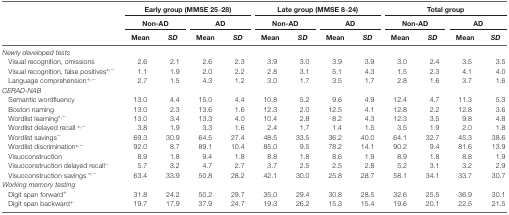
<table><thead><tr><td></td><td colspan="4"><b>Early group (MMSE 25–28)</b></td><td colspan="4"><b>Late group (MMSE 8–24)</b></td><td colspan="4"><b>Total group</b></td></tr><tr><td></td><td colspan="2"><b>Non-AD</b></td><td colspan="2"><b>AD</b></td><td colspan="2"><b>Non-AD</b></td><td colspan="2"><b>AD</b></td><td colspan="2"><b>Non-AD</b></td><td colspan="2"><b>AD</b></td></tr><tr><td></td><td><b>Mean</b></td><td><b><i>SD</i></b></td><td><b>Mean</b></td><td><b><i>SD</i></b></td><td><b>Mean</b></td><td><b><i>SD</i></b></td><td><b>Mean</b></td><td><b><i>SD</i></b></td><td><b>Mean</b></td><td><b><i>SD</i></b></td><td><b>Mean</b></td><td><b><i>SD</i></b></td></tr></thead><tbody><tr><td><i>Newly developed tests</i></td></tr><tr><td>Visual recognition, omissions</td><td>2.6</td><td>2.1</td><td>2.6</td><td>2.3</td><td>3.9</td><td>3.0</td><td>3.9</td><td>3.9</td><td>3.0</td><td>2.4</td><td>3.5</td><td>3.5</td></tr><tr><td>Visual recognition, false positives<sup>*,~</sup></td><td>1.1</td><td>1.9</td><td>2.0</td><td>2.2</td><td>2.8</td><td>3.1</td><td>5.1</td><td>4.3</td><td>1.5</td><td>2.3</td><td>4.1</td><td>4.0</td></tr><tr><td>Language comprehension<sup>+,~</sup></td><td>2.7</td><td>1.5</td><td>4.3</td><td>1.2</td><td>3.0</td><td>1.7</td><td>3.5</td><td>1.7</td><td>2.8</td><td>1.6</td><td>3.7</td><td>1.6</td></tr><tr><td><i>CERAD-NAB</i></td></tr><tr><td>Semantic wordfluency</td><td>13.0</td><td>4.4</td><td>15.0</td><td>4.4</td><td>10.8</td><td>5.2</td><td>9.6</td><td>4.9</td><td>12.4</td><td>4.7</td><td>11.3</td><td>5.3</td></tr><tr><td>Boston naming</td><td>13.0</td><td>2.3</td><td>13.6</td><td>1.6</td><td>12.3</td><td>2.0</td><td>12.5</td><td>4.1</td><td>12.8</td><td>2.2</td><td>12.8</td><td>3.6</td></tr><tr><td>Wordlist learning<sup>*,~</sup></td><td>13.0</td><td>3.4</td><td>13.3</td><td>4.0</td><td>10.4</td><td>2.8</td><td>8.2</td><td>4.3</td><td>12.3</td><td>3.5</td><td>9.8</td><td>4.8</td></tr><tr><td>Wordlist delayed recall <sup>*,~</sup></td><td>3.8</td><td>1.9</td><td>3.3</td><td>1.6</td><td>2.4</td><td>1.7</td><td>1.4</td><td>1.5</td><td>3.5</td><td>1.9</td><td>2.0</td><td>1.8</td></tr><tr><td>Wordlist savings<sup>~</sup></td><td>69.3</td><td>30.9</td><td>64.5</td><td>27.4</td><td>48.5</td><td>33.5</td><td>36.2</td><td>40.0</td><td>64.1</td><td>32.7</td><td>45.3</td><td>38.6</td></tr><tr><td>Wordlist discrimination<sup>*,~</sup></td><td>92.0</td><td>8.7</td><td>89.1</td><td>10.4</td><td>85.0</td><td>9.5</td><td>78.2</td><td>14.1</td><td>90.2</td><td>9.4</td><td>81.6</td><td>13.9</td></tr><tr><td>Visuoconstruction</td><td>8.9</td><td>1.8</td><td>9.4</td><td>1.8</td><td>8.8</td><td>1.8</td><td>8.6</td><td>1.9</td><td>8.9</td><td>1.8</td><td>8.8</td><td>1.9</td></tr><tr><td>Visuoconstruction delayed recall<sup>~</sup></td><td>5.7</td><td>3.2</td><td>4.7</td><td>2.7</td><td>3.7</td><td>2.5</td><td>2.5</td><td>2.8</td><td>5.2</td><td>3.1</td><td>3.2</td><td>2.9</td></tr><tr><td>Visuoconstruction savings <sup>*,~</sup></td><td>63.4</td><td>33.9</td><td>50.8</td><td>28.2</td><td>42.1</td><td>30.0</td><td>25.8</td><td>28.7</td><td>58.1</td><td>34.1</td><td>33.7</td><td>30.7</td></tr><tr><td><i>Working memory testing</i></td></tr><tr><td>Digit span forward<sup>+</sup></td><td>31.8</td><td>24.2</td><td>50.2</td><td>29.7</td><td>35.0</td><td>29.4</td><td>30.8</td><td>28.5</td><td>32.6</td><td>25.5</td><td>36.9</td><td>30.1</td></tr><tr><td>Digit span backward<sup>+</sup></td><td>19.7</td><td>17.9</td><td>37.9</td><td>24.7</td><td>19.3</td><td>26.2</td><td>15.3</td><td>15.4</td><td>19.6</td><td>20.1</td><td>22.5</td><td>21.5</td></tr></tbody></table>